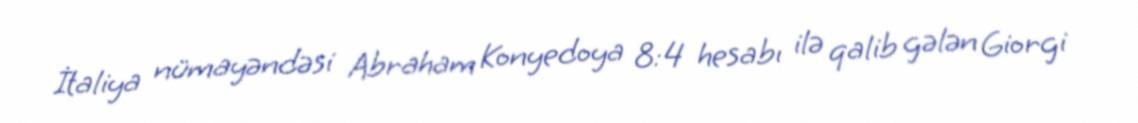
İtaliya nümayəndəsi Abraham Konyedoya 8:4 hesabı ilə qalib gələn Giorgi